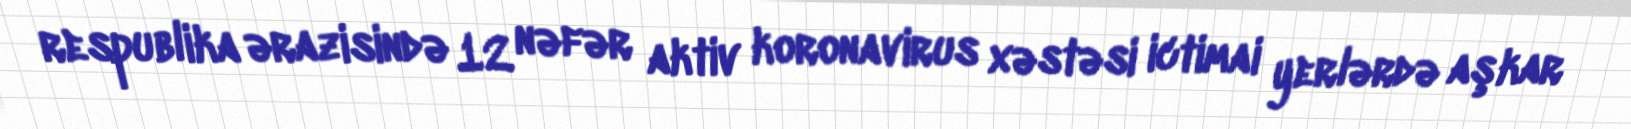
respublika ərazisində 12 nəfər aktiv koronavirus xəstəsi ictimai yerlərdə aşkar